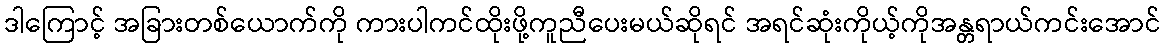
ဒါကြောင့် အခြားတစ်ယောက်ကို ကားပါကင်ထိုးဖို့ကူညီပေးမယ်ဆိုရင် အရင်ဆုံးကိုယ့်ကိုအန္တရာယ်ကင်းအောင်